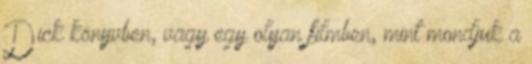
Dick könyvben, vagy egy olyan filmben, mint mondjuk a